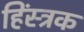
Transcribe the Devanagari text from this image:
हिंस्त्रक